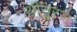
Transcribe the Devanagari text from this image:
थीसूरज